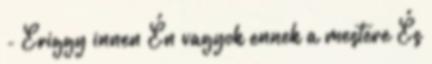
- Eriggy innen Én vagyok ennek a mestere És